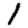
Digit: 1